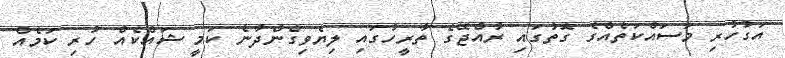
އަގުހުރި މަސައްކަތެއްގެ ގޮތުގައި ރާއްޖޭގެ ތާރީހުގައި ލިޔެވިގެންދާނެ ކަމީ ޝައްކެއް ހުރި ކަމެއް